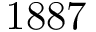
1 8 8 7